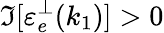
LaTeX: \Im[\mathinner{\varepsilon_{e}^{\perp}\mathopen{\left(k_{1}\right)}}]>0